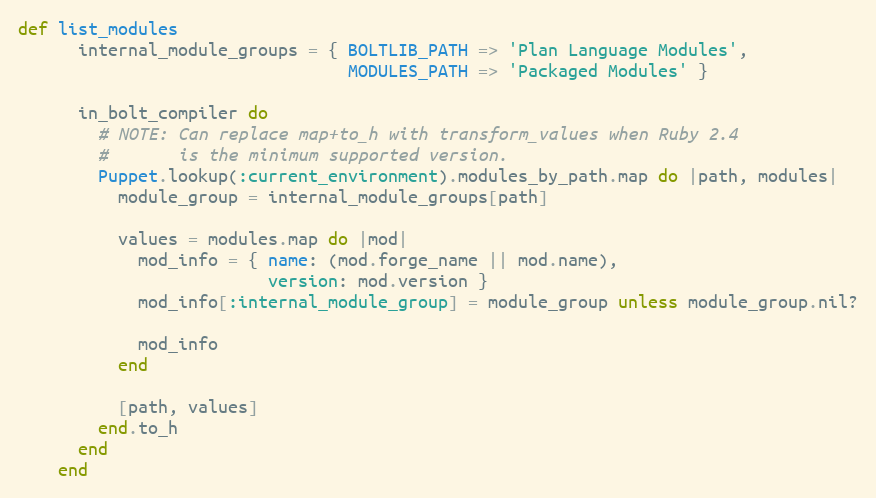
Language: Ruby
def list_modules
      internal_module_groups = { BOLTLIB_PATH => 'Plan Language Modules',
                                 MODULES_PATH => 'Packaged Modules' }

      in_bolt_compiler do
        # NOTE: Can replace map+to_h with transform_values when Ruby 2.4
        #       is the minimum supported version.
        Puppet.lookup(:current_environment).modules_by_path.map do |path, modules|
          module_group = internal_module_groups[path]

          values = modules.map do |mod|
            mod_info = { name: (mod.forge_name || mod.name),
                         version: mod.version }
            mod_info[:internal_module_group] = module_group unless module_group.nil?

            mod_info
          end

          [path, values]
        end.to_h
      end
    end